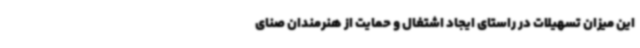
این میزان تسهیلات در راستای ایجاد اشتغال و حمایت از هنرمندان صنای